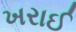
ખરાઈ